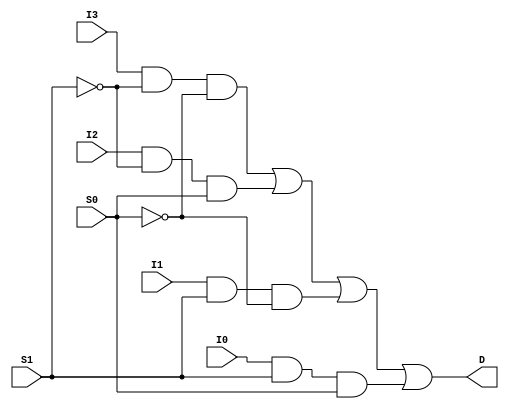
module Mux_4x1_1bit_gate(I3,I2,I1,I0,S1,S0,D);
    input I3,I2,I1,I0;
    input S1,S0;
    output D;
    
    wire N1,N2,N3,N4,N5,N6;

    not Inv_1(N1,S1);
    not Inv_2(N2,S0);

    and And_1(N3,I3,N1,N2);
    and And_2(N4,I2,N1,S0);
    and And_3(N5,I1,S1,N2);
    and And_4(N6,I0,S1,S0);

    or Or_1(D,N3,N4,N5,N6);

endmodule